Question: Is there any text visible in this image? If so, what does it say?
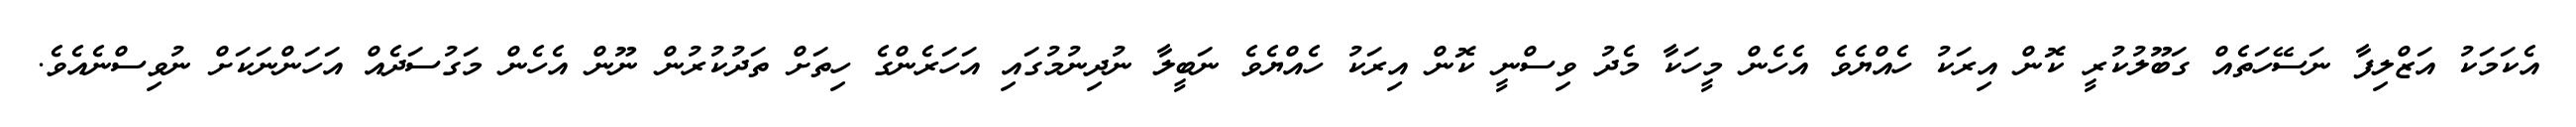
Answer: އެކަމަކު އަޒްލިފާ ނަސޭހަތެއް ގަބޫލުކުރީ ކޮން އިރަކު ހެއްޔެވެ އެހެން މީހަކާ މެދު ވިސްނީ ކޮން އިރަކު ހެއްޔެވެ ނަބީލާ ނުދިނުމުގައި އަހަރެންގެ ހިތަށް ތަދުކުރުން ނޫން އެހެން މަގުސަދެއް އަހަންނަކަށް ނުވިސްނެއެވެ.